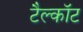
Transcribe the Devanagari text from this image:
टैल्कॉट